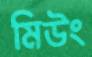
মিউং